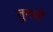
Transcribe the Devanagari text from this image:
तुमचें